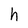
Character: h